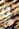
و